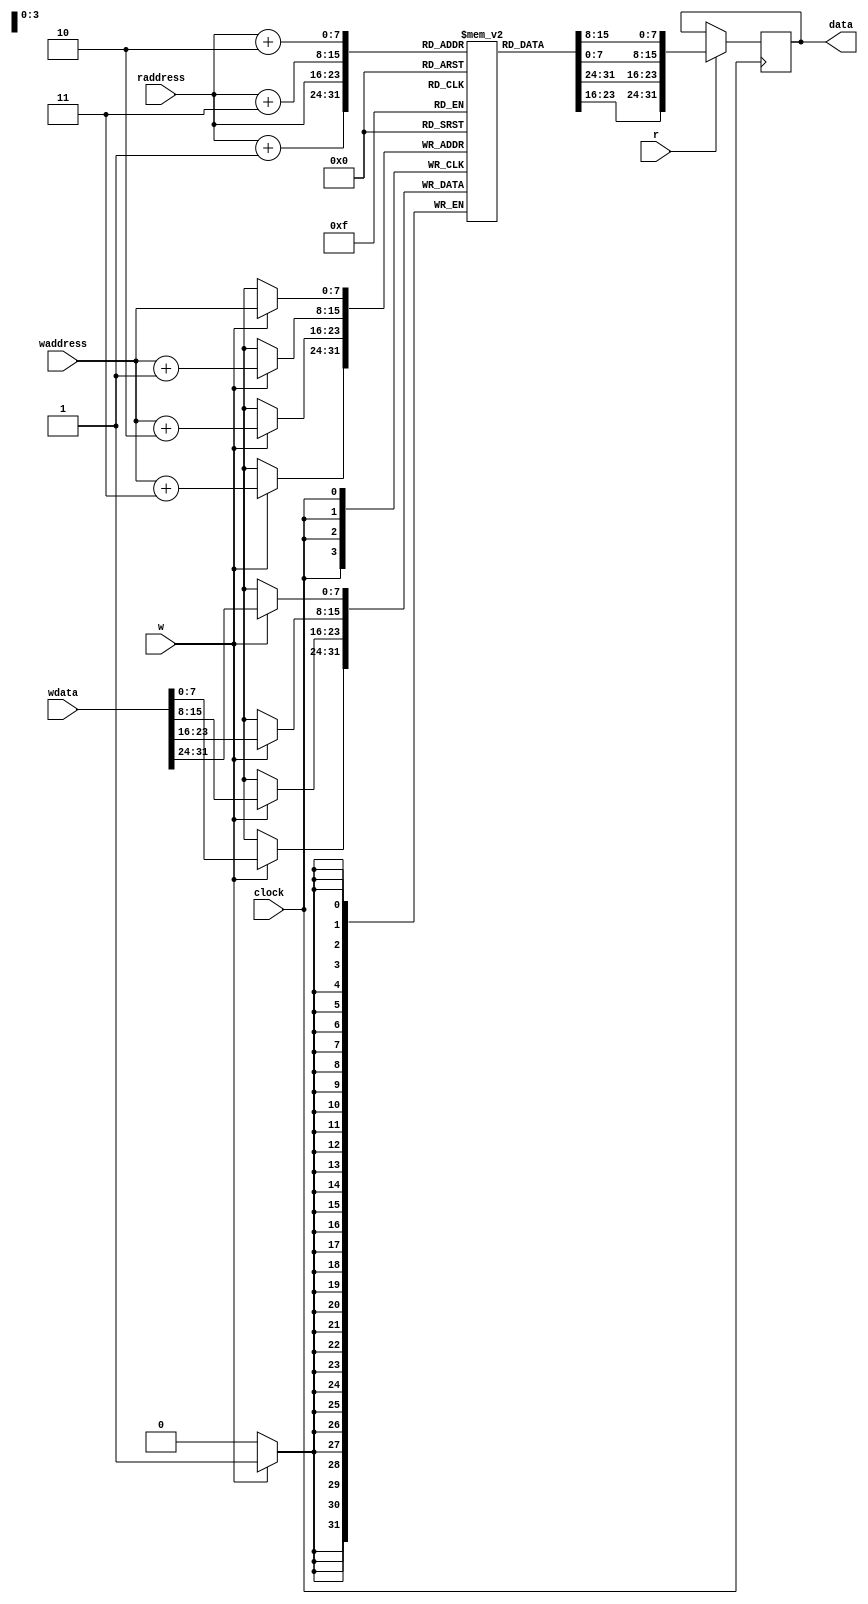
`timescale 1ns / 1ps
//////////////////////////////////////////////////////////////////////////////////
// Company: 
// Engineer: 
// 
// Design Name: 
// Module Name: Cache
// Project Name: 
// Target Devices: 
// Tool Versions: 
// Description: 
// 
// Dependencies: 
// 
// Revision:
// Revision 0.01 - File Created
// Additional Comments:
// 
//////////////////////////////////////////////////////////////////////////////////


module Cache #(parameter Width=32,MemWidth=8,Size=256,Addbits=8)(
    output reg [Width-1:0] data,
    
    input [Addbits-1:0] raddress,
    input r,
    
    input [Width-1:0] wdata,
    input [Addbits-1:0] waddress,
    input w,
    

    input clock
);

    reg [MemWidth-1:0] mem [Size-1:0];    
    always @(posedge clock)
    begin        
        if(r)            
            begin 
                data <= {mem[raddress],mem[raddress+1],mem[raddress+2],mem[raddress+3]};
            end
    end
    
    always @(negedge clock)
    begin
        if(w)
            begin
                mem[waddress] = wdata[31:24];
                mem[waddress+1] = wdata[23:16];
                mem[waddress+2] = wdata[15:8];
                mem[waddress+3] = wdata[7:0];
            end
       
    end
    
endmodule 



module InstructionROM #(parameter Width=32,MemWidth=8,Size=256,Addbits=8)(
    output reg [Width-1:0] data,
    
    input [Addbits-1:0] raddress,
    input r,
    
    input [Width-1:0] wdata,
    input [Addbits-1:0] waddress,            
    input w,
    
    input clock
);
    initial
    begin
     data <= 32'h13; //NOP instruction addi x0,x0,0
    end
      
    always @(posedge clock)
    begin        
        if(r)            
            begin 
                case (raddress)
                    8'd0: data <= 32'h06400513; //addi x10,x0,0x64
                    8'd4: data <= 32'h06400593; //addi x10,x0,0x64
                    8'd8: data <= 32'h00b50633; //add x12,x10,x11
                    //8'd12: data <= 32'h06400000; //add x12,x10,x11
                    //8'd16: data <= 32'h06400000; //add x12,x10,x11                         
                    default:
                        data <= 32'h13; //NOP instruction addi x0,x0,0    
                endcase
                //data <= {mem[waddress],mem[waddress+1],mem[waddress+2],mem[waddress+3]};
            end
    end
    
    
    
endmodule